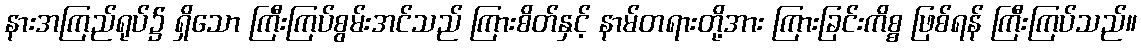
နားအကြည်ရုပ်၌ ရှိသော ကြီးကြပ်စွမ်းအင်သည် ကြားစိတ်နှင့် နာမ်တရားတို့အား ကြားခြင်းကိစ္စ ဖြစ်ရန် ကြီးကြပ်သည်။